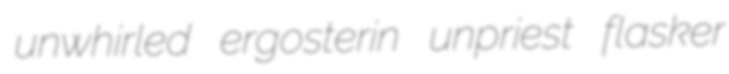
unwhirled ergosterin unpriest flasker